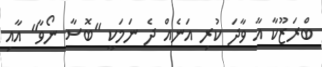
ބްރަޒޫކާ އާ ވާދަ ކުރި އަނެއް ދެ ނަމަކީ "ބޮސާ ނޯވާ" އާއި